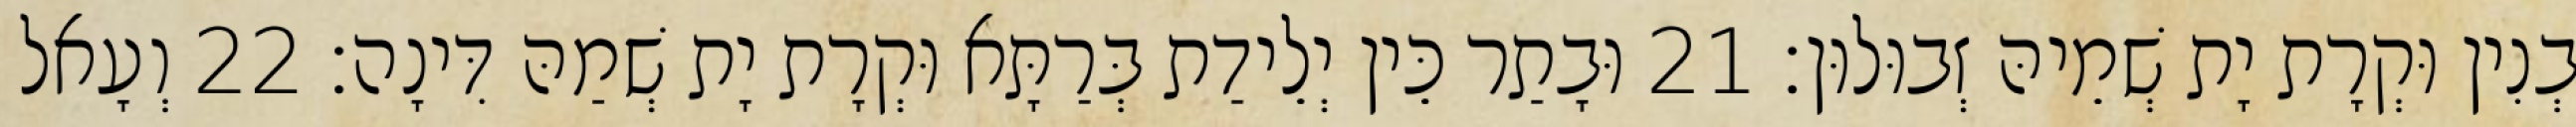
בְנִין וּקְרָת יָת שְׁמֵיהּ זְבוּלוּן׃ 21 וּבָתַר כֵּין יְלֵידַת בְּרַתָּא וּקְרָת יָת שְׁמַהּ דִּינָה׃ 22 וְעָאל